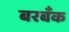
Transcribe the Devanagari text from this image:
बरबँक